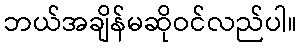
ဘယ်အချိန်မဆိုဝင်လည်ပါ။